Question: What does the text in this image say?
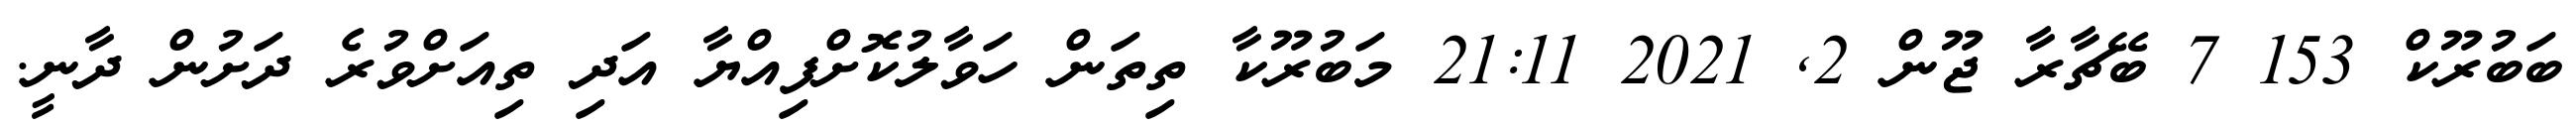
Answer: ބަބުރޫކް 153 7 ބޭޗާރާ ޖޫން 2, 2021 21:11 މަބުރޫކާ ތިތަން ހަވާލުކޮށްފިއްޔާ އަދި ތިއަށްވުރެ ދަށުން ދާނީ.